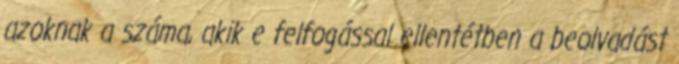
azoknak a száma, akik e felfogással ellentétben a beolvadást